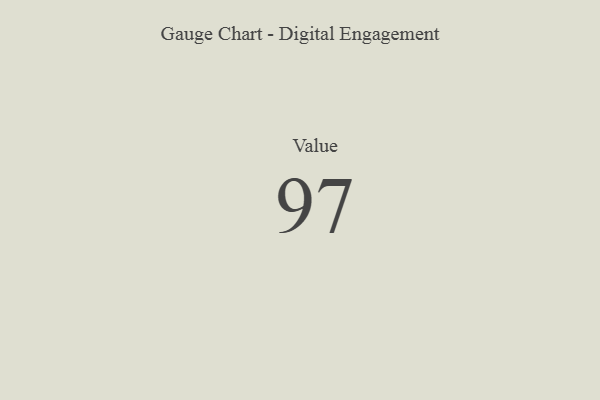
{"axis": {"x": "Metric", "y": "Value"}, "legend": [""], "data": [{"x": "Value", "y": 97, "type": ""}]}